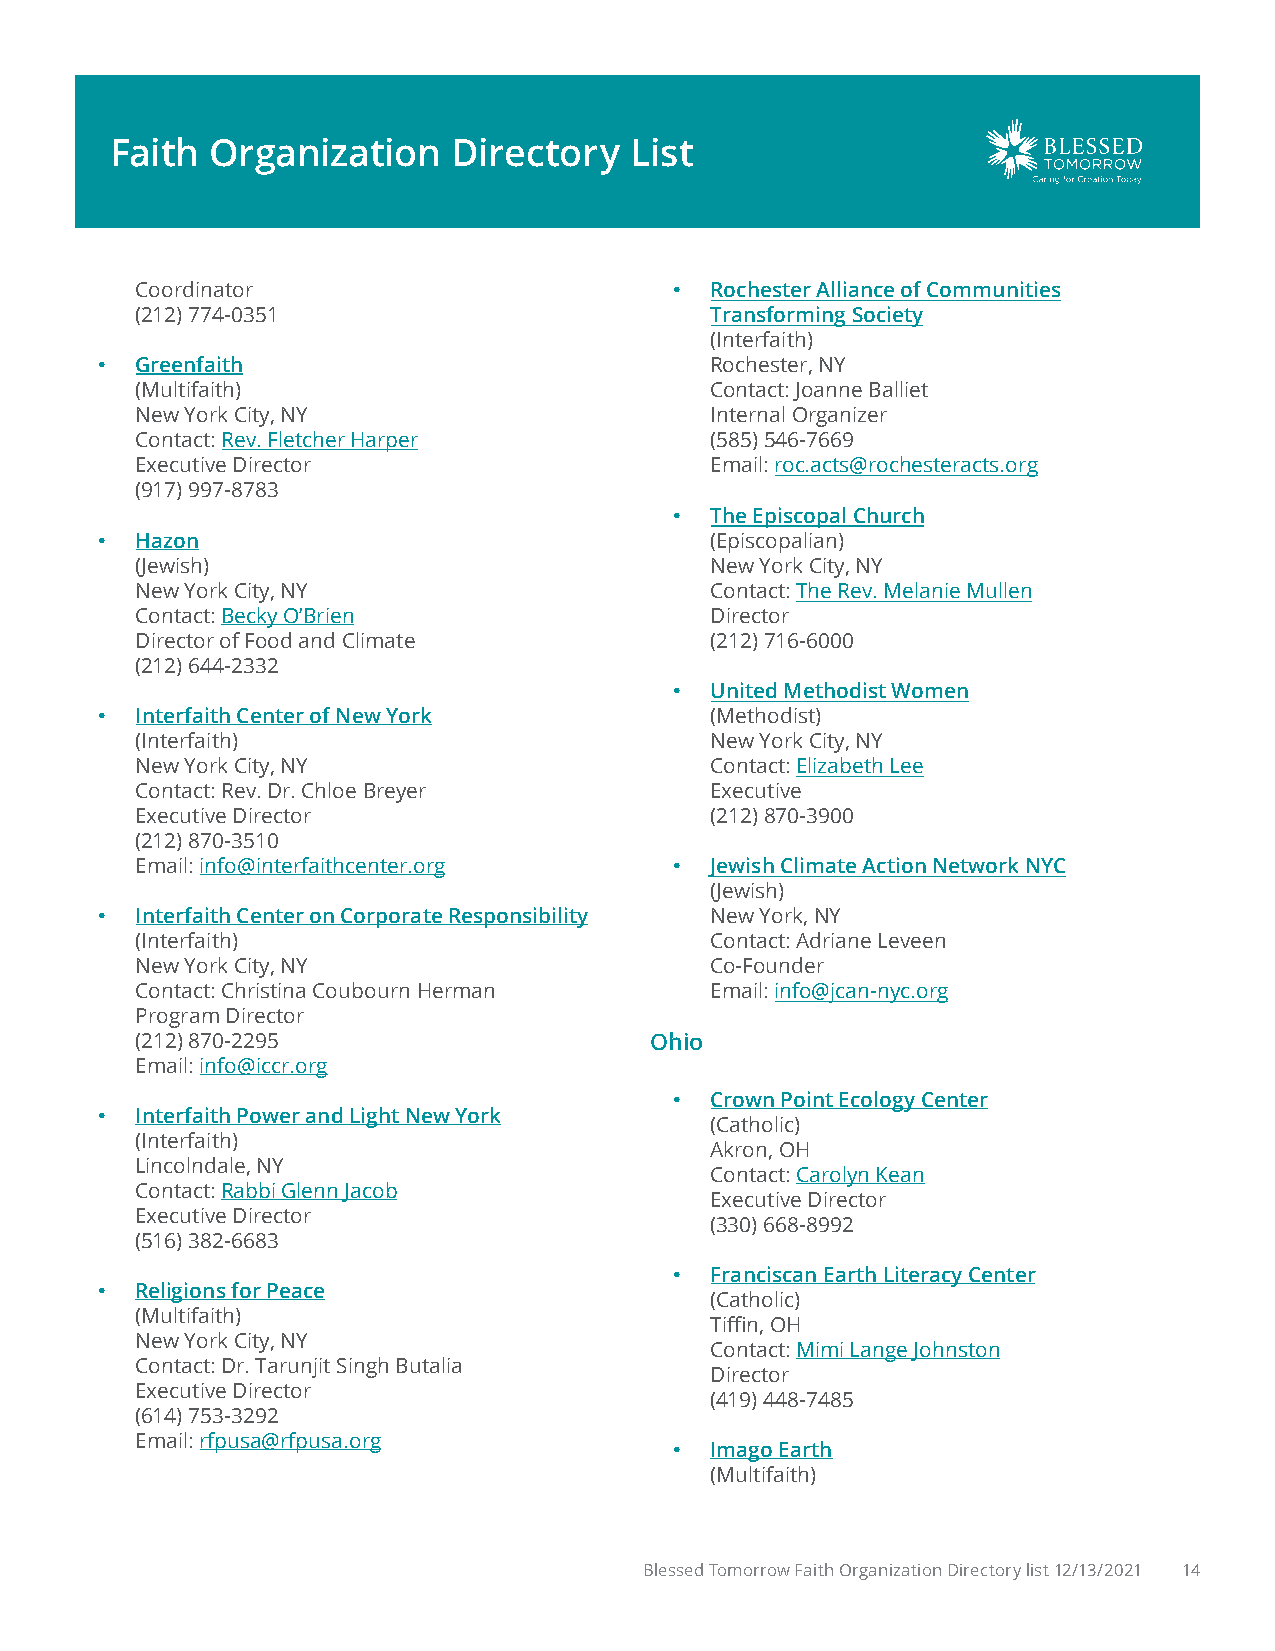
Faith  Organization    Directory   List
 Coordinator                         • Rochester Alliance of Communities
 (212)774-0351                         Transforming Society
 (Interfaith)
 •  Greenfaith                            Rochester, NY
 (Multifaith)                          Contact: Joanne Balliet
 New York City, NY                     Internal Organizer
 Contact: Rev. Fletcher Harper         (585)546-7669
 Executive Director                    Email: roc.acts@rochesteracts.org
 (917)997-8783
 • The Episcopal Church
 •  Hazon                                 (Episcopalian)
 (Jewish)                              New York City, NY
 New York City, NY                     Contact: The Rev. Melanie Mullen
 Contact: Becky O’Brien                Director
 Director of Food and Climate          (212)716-6000
 (212)644-2332
 • United Methodist Women
 •  Interfaith Center of New York         (Methodist)
 (Interfaith)                          New York City, NY
 New York City, NY                     Contact: Elizabeth Lee
 Contact: Rev. Dr. Chloe Breyer        Executive
 Executive Director                    (212)870-3900
 (212)870-3510
 Email: info@interfaithcenter.org    • Jewish Climate Action Network NYC
 (Jewish)
 •  Interfaith Center on Corporate Responsibility New York, NY
 (Interfaith)                          Contact: Adriane Leveen
 New York City, NY                     Co-Founder
 Contact: Christina Coubourn Herman    Email: info@jcan-nyc.org
 Program Director
 (212) 870-2295                    Ohio
 Email: info@iccr.org
 • Crown Point Ecology Center
 •  Interfaith Power and Light New York
 (Catholic)
 (Interfaith)
 Akron, OH
 Lincolndale, NY
 Contact: Carolyn Kean
 Contact: Rabbi Glenn Jacob
 Executive Director
 Executive Director
 (330)668-8992
 (516)382-6683
 • Franciscan Earth Literacy Center
 •  Religions for Peace
 (Catholic)
 (Multifaith)
 Tiffin, OH
 New York City, NY
 Contact: Mimi Lange Johnston
 Contact: Dr. Tarunjit Singh Butalia
 Director
 Executive Director
 (419)448-7485
 (614)753-3292
 Email: rfpusa@rfpusa.org
 • Imago Earth
 (Multifaith)
 Blessed Tomorrow Faith Organization Directory list 12/13/2021 14